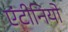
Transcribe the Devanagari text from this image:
एंटीनियो